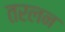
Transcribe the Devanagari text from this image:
तरलन